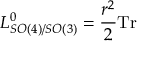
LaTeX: L _ { S O ( 4 ) / S O ( 3 ) } ^ { 0 } = { \frac { r ^ { 2 } } { 2 } } \mathrm { T r }